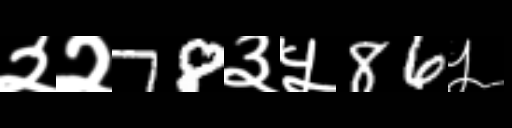
Text: २२78३५86५